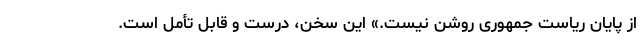
از پایان ریاست جمهوری روشن نیست.» این سخن، درست و قابل تأمل است.